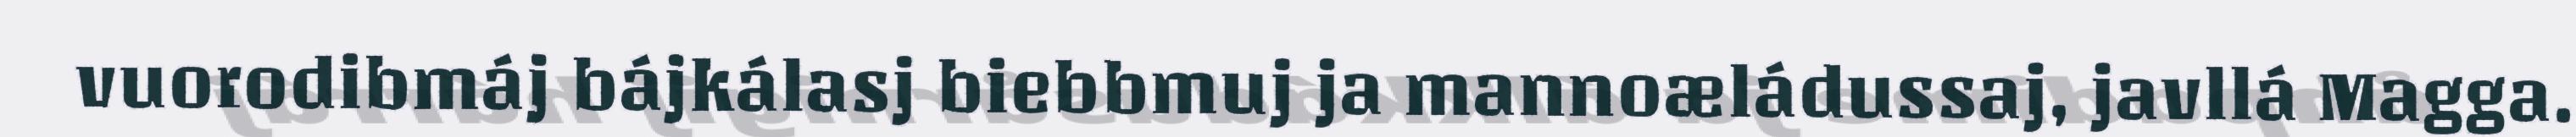
vuorodibmáj bájkálasj biebbmuj ja mannoæládussaj, javllá Magga.